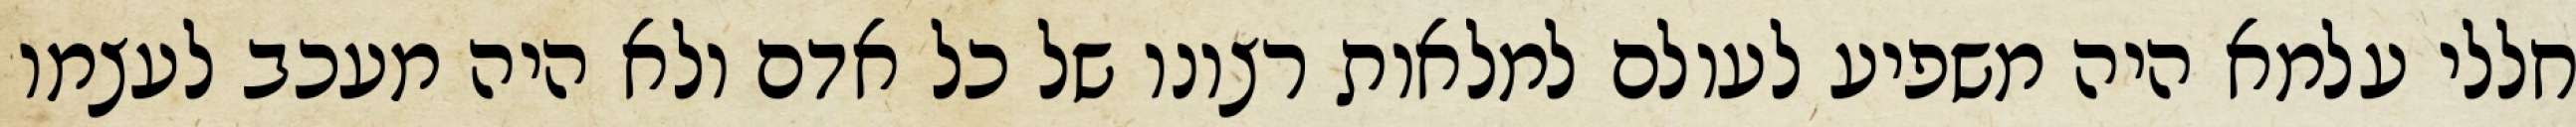
חללי עלמא היה משפיע לעולם למלאות רצונו של כל אדם ולא היה מעכב לעצמו